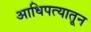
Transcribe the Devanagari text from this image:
आधिपत्यातून